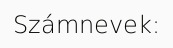
Számnevek: